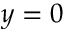
y = 0